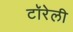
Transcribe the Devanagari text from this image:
टॉरेली